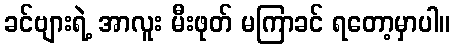
ခင်ဗျားရဲ့ အာလူး မီးဖုတ် မကြာခင် ရတော့မှာပါ။